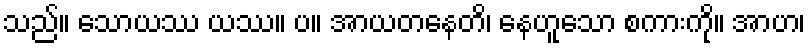
သည်။ သောယဿ ယဿ။ ပ။ အာယတနေတိ၊ နေဟူသော စကားကို။ အာဟ၊